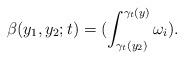
LaTeX: \begin{align*}\beta (y_1 ,y_2 ;t)=(\int ^{\gamma _t (y )}_{\gamma _t (y_2 ) }\omega _i ).\end{align*}